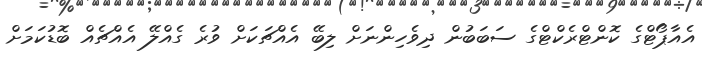
އެއާޕޯޓްގެ ކޮންޓްރެކްޓްގެ ސަބަބުން ދިވެހިންނަށް ލިބޭ އެއްޗަކަށް ވުރެ ގެއްލޭ އެއްޗެއް ބޮޑުކަމަށް